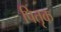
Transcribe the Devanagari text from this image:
पितृक